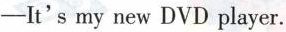
-It's my new DVD player.